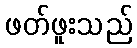
ဖတ်ဖူးသည်